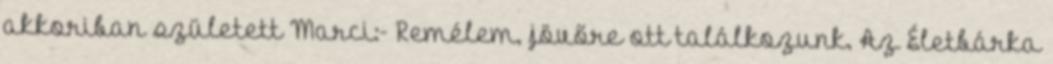
akkoriban született Marci:- Remélem, jövőre ott találkozunk. Az Életbárka